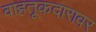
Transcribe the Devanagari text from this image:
वाहतूकदारावर